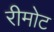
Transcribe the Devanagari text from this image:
रीमोट